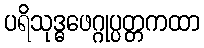
ပရိသုဒ္ဓဖေဂ္ဂုပ္ပတ္တကထာ